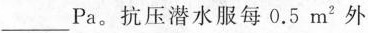
____Pa。抗压潜水服每0.5m^{2}外